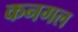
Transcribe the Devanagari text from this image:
कनगल